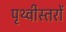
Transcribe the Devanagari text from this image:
पृथ्वीस्तरों